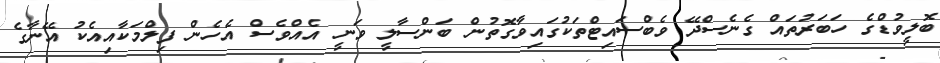
ބޮލީވުޑްގެ ހަބަރުތައް ގެނެސްދޭ ވެބްސައިޓްތަކުގައިވާގޮތުން ބަންސާލީ ވަނީ އެއްވެސް އެހެން ފިލްމަކާއިއެކު އޭނާގެ